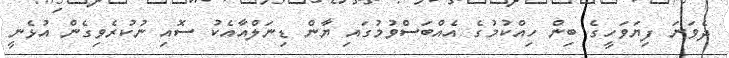
ދެވަނަ ފިޔަވަހީގެ ބިން ހިއްކުމުގެ އެއްބަސްވުމުގައި ޔާން ޑިނަލްއާއެކު ސޮއި ނުކުރެވިގެން އުޅެނީ